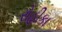
રોહીકા